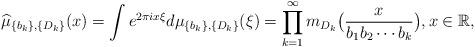
LaTeX: \begin{align*}\widehat{\mu}_{\{b_{k}\},\{D_{k}\}}(x)=\int e^{2\pi i x \xi }d\mu_{\{b_{k}\},\{D_{k}\}}(\xi)=\prod\limits_{k=1}^{\infty}m_{D_{k}}\big(\frac{x}{b_1b_2\cdots b_k}\big) ,x \in\mathbb{R},\end{align*}